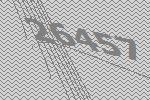
26457